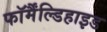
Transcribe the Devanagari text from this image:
फॉर्मैंल्डिहाइड